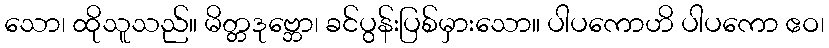
သော၊ ထိုသူသည်။ မိတ္တဒုဗ္ဘော၊ ခင်ပွန်းပြစ်မှားသော။ ပါပကောဟိ ပါပကော ဧဝ၊